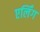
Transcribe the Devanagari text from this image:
एर्लिंग